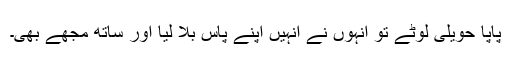
پاپا حویلی لوٹے تو انہوں نے انہیں اپنے پاس بلا لیا اور ساتھ مجھے بھی۔